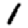
Digit: 1